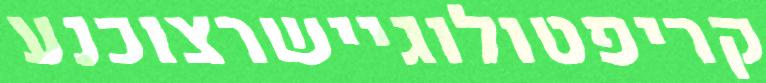
קריפטולוגיישרצוכנע